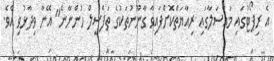
އެ ރިޕޯޓުގައި މައްސަލާގައި ރިއާޔަތްކޮށްފައިވާ ގާނޫނުތަކުގެ ތަފްސީލް ހުންނާނެ" އޭނާ ވިދާޅުވި އެވެ.